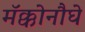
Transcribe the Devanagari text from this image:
मॅक्कोनौघे